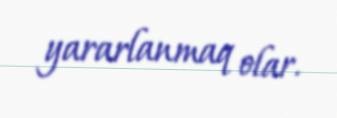
yararlanmaq olar.